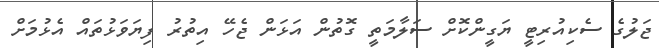
ޖަލުގެ ސެކިއުރިޓީ ޔަގީންކޮށް ސަލާމަތީ ގޮތުން އަޅަން ޖެހޭ އިތުރު ފިޔަވަޅުތައް އެޅުމަށް